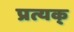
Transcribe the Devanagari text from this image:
प्रत्यक्